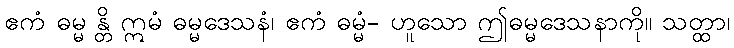
ဧကံ ဓမ္မ န္တိ ဣမံ ဓမ္မဒေသနံ၊ ဧကံ ဓမ္မံ- ဟူသော ဤဓမ္မဒေသနာကို။ သတ္ထာ၊